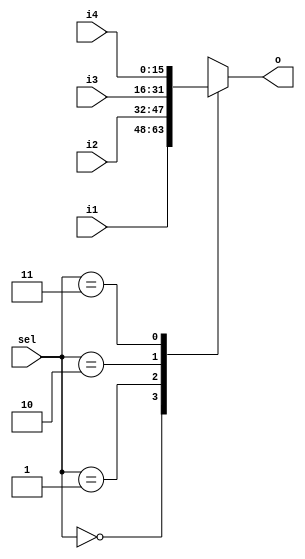
module mux4_1 (sel, i1, i2, i3, i4, o);
   input [1:0] sel;
   input [15:0] i1, i2, i3, i4;
   output reg [15:0] o;

   always @ (*) begin
      case (sel)
         0: o = i1;
         1: o = i2;
         2: o = i3;
         3: o = i4;
      endcase
   end

endmodule


module mux2_1 (sel, i1, i2, o);
   input [1:0] sel;
   input [15:0] i1, i2;
   output reg [15:0] o;

   always @ (*) begin
      case (sel)
         0: o = i1;
         1: o = i2;
      endcase
   end

endmodule